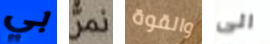
بي نمر والقوة الى